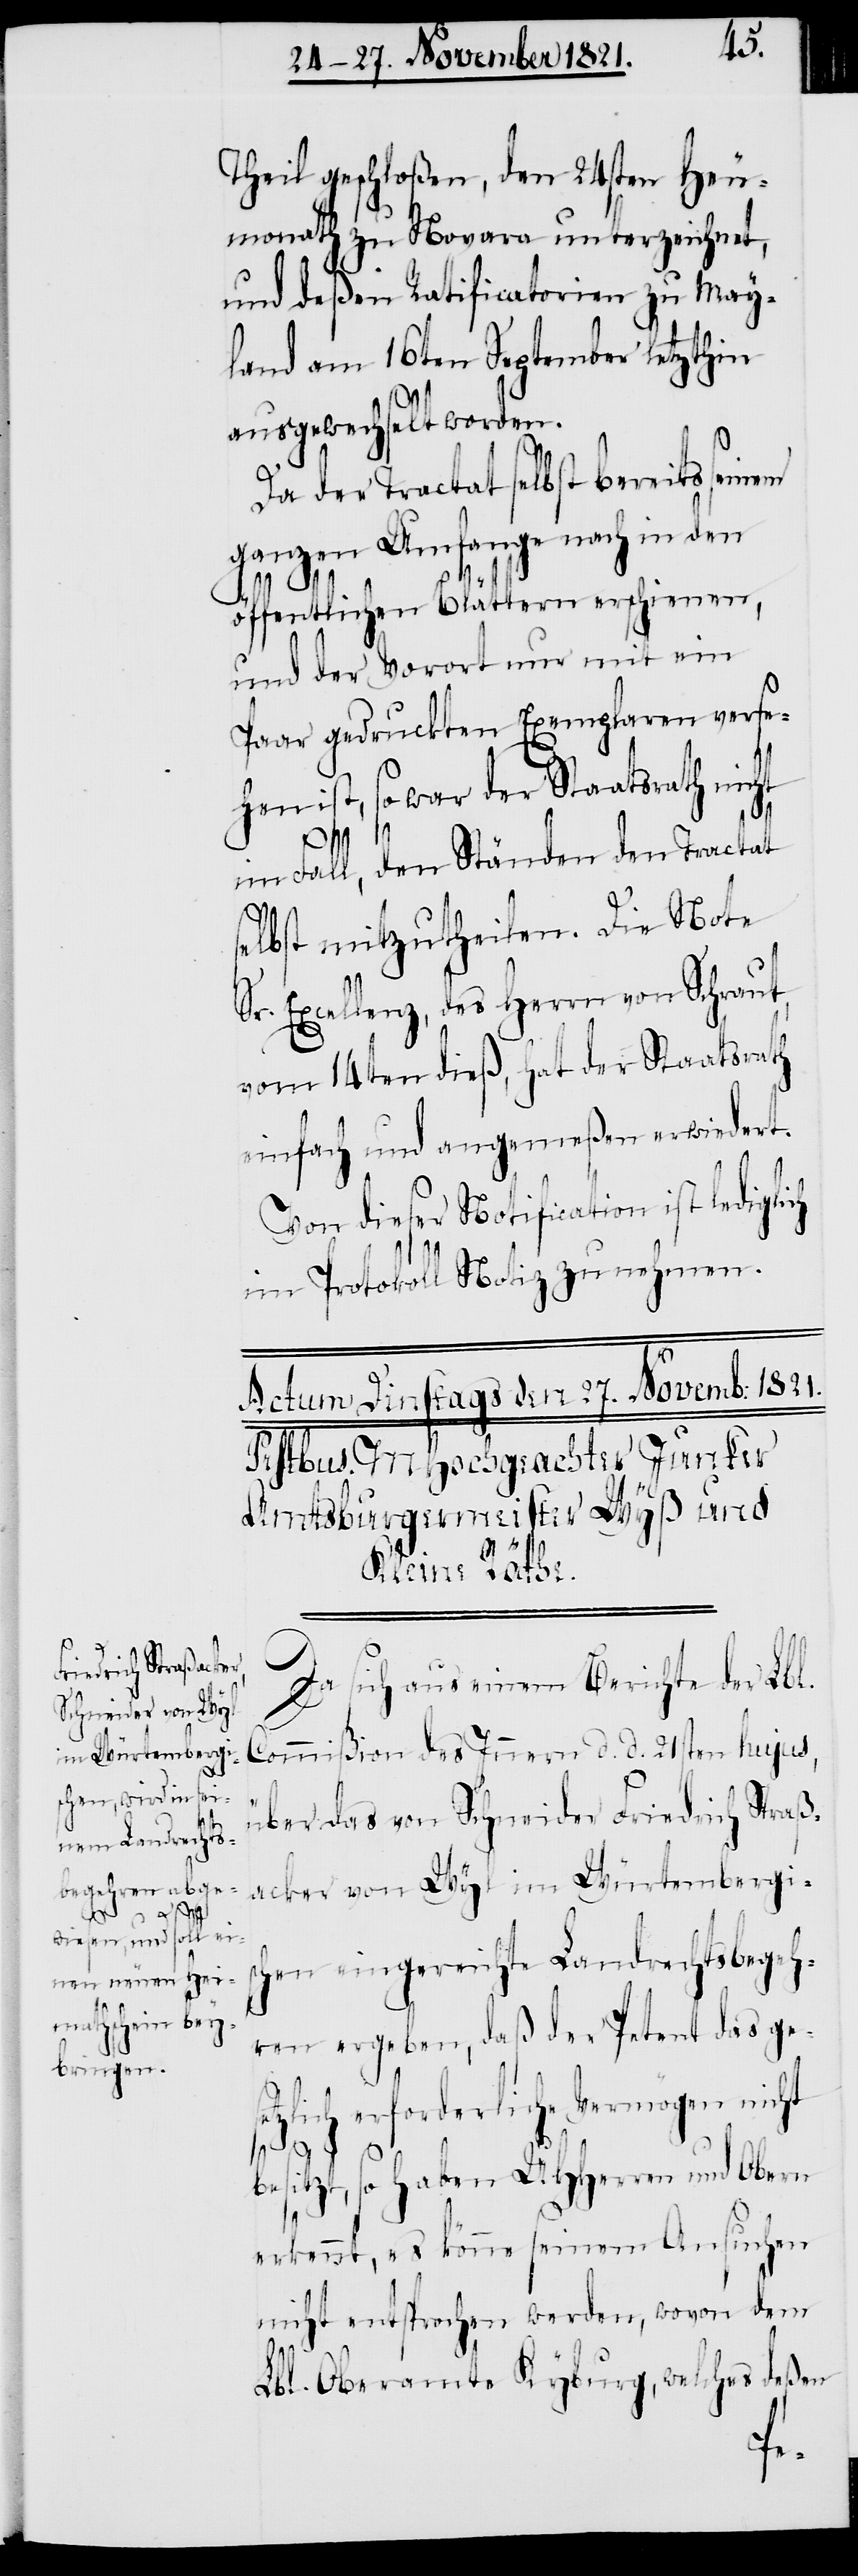
s¬
Theil geschloßen, den 24sten Heu¬
monath zu Novara unterzeichnet,
und deßen Ratificatorien zu May¬
land am 16ten September letzthin
ausgewechselt worden.
Da der Tractat selbst bereits seinem
ganzen Umfange nach in den
öffentlichen Blättern erschienen,
und der Vorort nur mit ein
Paar gedruckten Exemplaren verse¬
hen ist, so war der Staatsrath nicht
im Fall, den Ständen den Tractat
elbst mitzutheilen. Die Note
Sr. Excellenz, des Herrn von Schraut,
vom 14ten dieß, hat der Staatsrath
einfach und angemeßen erwiedert.
Von dieser Notification ist lediglich
im Protokoll Notiz zu nehmen.
Da sich aus einem Berichte der Lbl.
Commißion des Innern d. d. 21sten hujus,
über das von Schneider Friedrich Straß¬
acker von Wyl im Würtembergis¬
chen eingereichte Landrechtsbegeh¬
ren ergeben, daß der Petent das ges¬
etzlich erforderliche Vermögen nicht
besitzt, so haben UHHerren und Obern
erkennt, es könne seinem Ansuchen
nicht entsprochen werden, wovon dem
Lbl. Oberamte Kyburg, welches deßen